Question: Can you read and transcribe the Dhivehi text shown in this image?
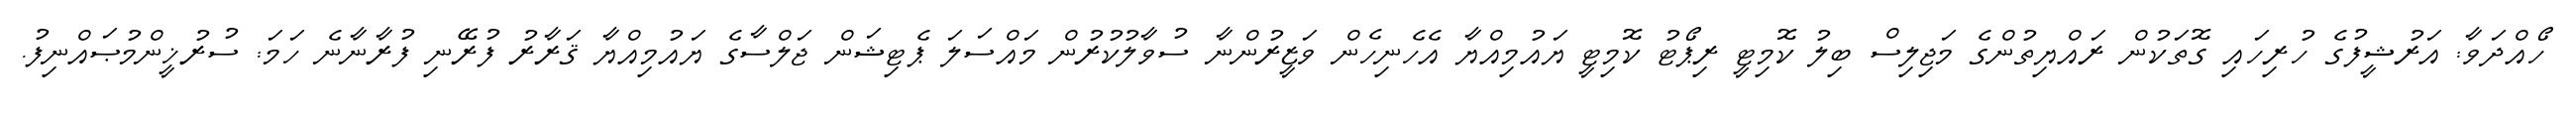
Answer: ހޯއްދަވާ: އަރުޝީފުގެ ހުރިހައި ގޮތަކުން ރައްޔިތުންގެ މަޖިލިސް ބިލު ކޮމިޓީ ރިޕޯޓު ކޮމިޓީ ޔައުމިއްޔާ އެހެނިހެން ވަޒީރުންނާ ސުވާލުކުރުން މައްސަލަ ޕެޓިޝަން ޖަލްސާގެ ޔައުމިއްޔާ ޤަރާރު ފުރޭނި ފުރާނާނެ ހަމަ: ސުރުޚީންމުޞައްނިފު.